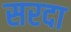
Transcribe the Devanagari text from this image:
सरदा